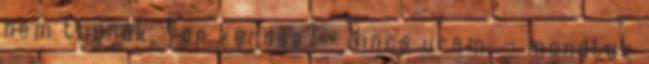
nem tudnák. Van kérdés? - Nincs uram. – mondtuk